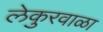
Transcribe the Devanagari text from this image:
लेकुरवाळा